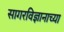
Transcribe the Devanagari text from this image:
सागरविज्ञानाच्या